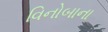
વિનોબાના